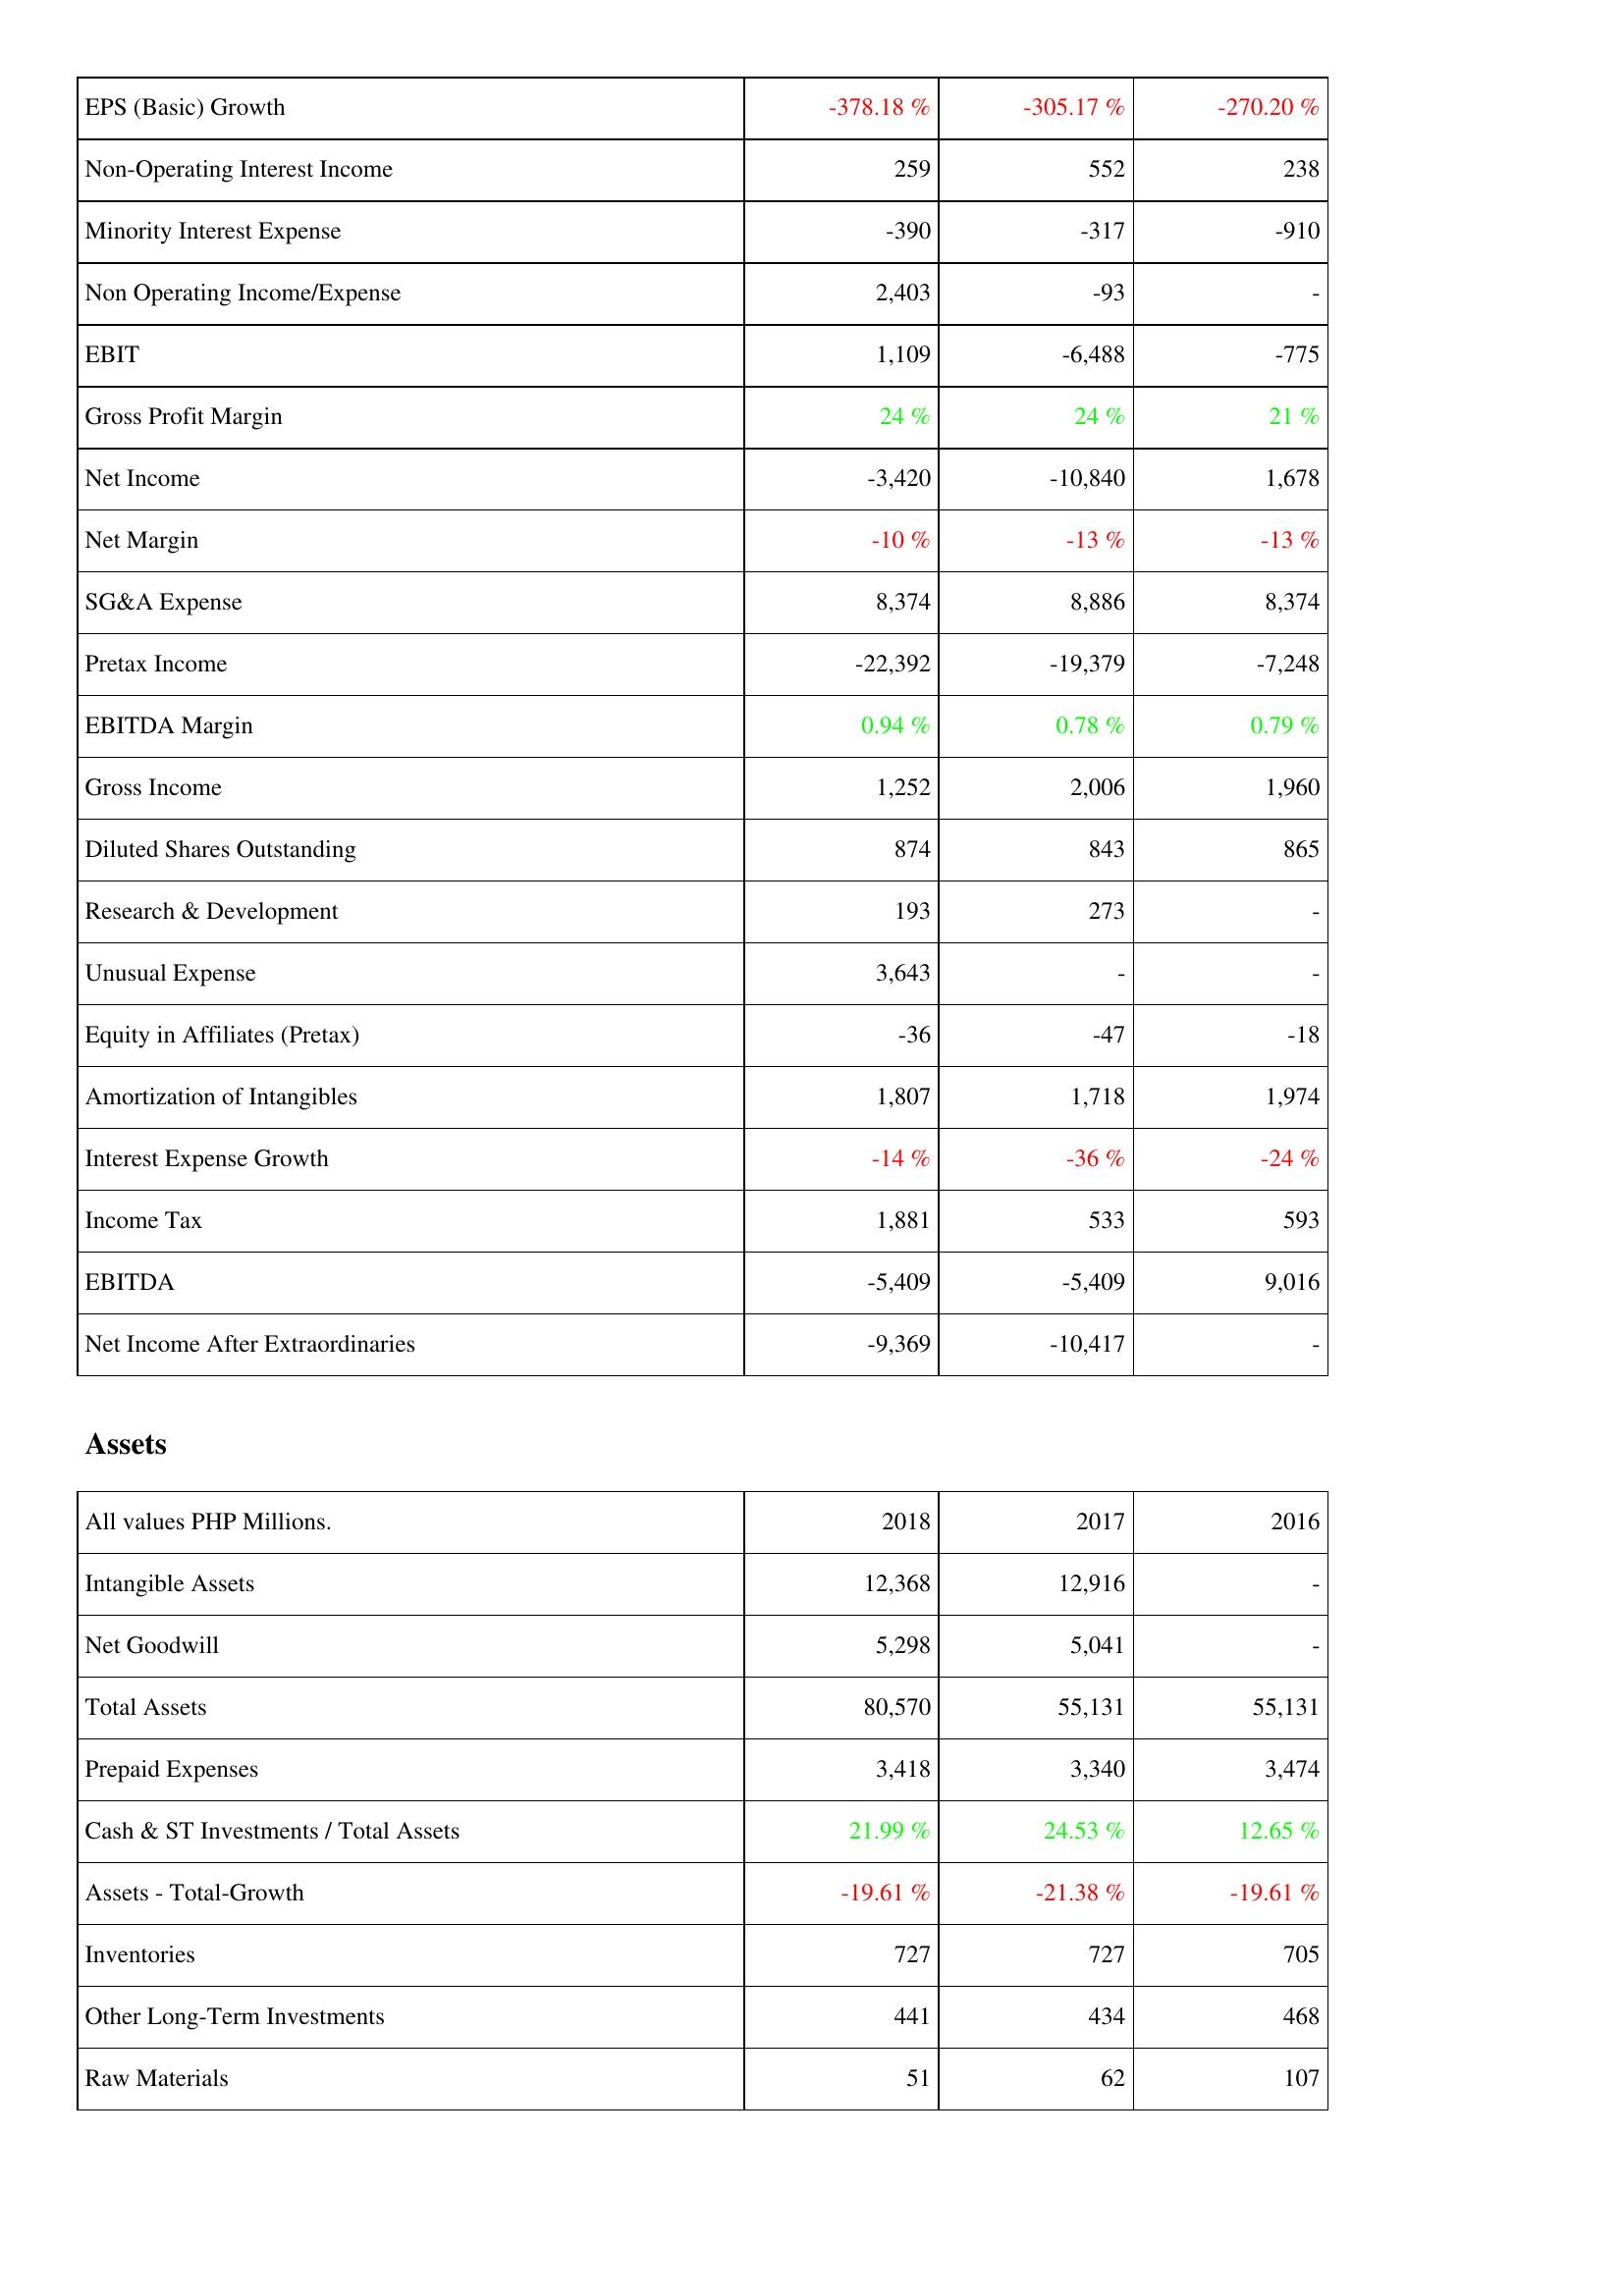
2018: Income Statement: EPS (Basic) Growth: -378.18 %
Non-Operating Interest Income: 259
Minority Interest Expense: -390
Non Operating Income/Expense: 2,403
EBIT: 1,109
Gross Profit Margin: 24 %
Net Income: -3,420
Net Margin: -10 %
SG&A Expense: 8,374
Pretax Income: -22,392
EBITDA Margin: 0.94 %
Gross Income: 1,252
Diluted Shares Outstanding: 874
Research & Development: 193
Unusual Expense: 3,643
Equity in Affiliates (Pretax): -36
Amortization of Intangibles: 1,807
Interest Expense Growth: -14 %
Income Tax: 1,881
EBITDA: -5,409
Net Income After Extraordinaries: -9,369
Assets: Intangible Assets: 12,368
Net Goodwill: 5,298
Total Assets: 80,570
Prepaid Expenses: 3,418
Cash & ST Investments / Total Assets: 21.99 %
Assets - Total-Growth: -19.61 %
Inventories: 727
Other Long-Term Investments: 441
Raw Materials: 51
2017: Income Statement: EPS (Basic) Growth: -305.17 %
Non-Operating Interest Income: 552
Minority Interest Expense: -317
Non Operating Income/Expense: -93
EBIT: -6,488
Gross Profit Margin: 24 %
Net Income: -10,840
Net Margin: -13 %
SG&A Expense: 8,886
Pretax Income: -19,379
EBITDA Margin: 0.78 %
Gross Income: 2,006
Diluted Shares Outstanding: 843
Research & Development: 273
Unusual Expense: -
Equity in Affiliates (Pretax): -47
Amortization of Intangibles: 1,718
Interest Expense Growth: -36 %
Income Tax: 533
EBITDA: -5,409
Net Income After Extraordinaries: -10,417
Assets: Intangible Assets: 12,916
Net Goodwill: 5,041
Total Assets: 55,131
Prepaid Expenses: 3,340
Cash & ST Investments / Total Assets: 24.53 %
Assets - Total-Growth: -21.38 %
Inventories: 727
Other Long-Term Investments: 434
Raw Materials: 62
2016: Income Statement: EPS (Basic) Growth: -270.20 %
Non-Operating Interest Income: 238
Minority Interest Expense: -910
Non Operating Income/Expense: -
EBIT: -775
Gross Profit Margin: 21 %
Net Income: 1,678
Net Margin: -13 %
SG&A Expense: 8,374
Pretax Income: -7,248
EBITDA Margin: 0.79 %
Gross Income: 1,960
Diluted Shares Outstanding: 865
Research & Development: -
Unusual Expense: -
Equity in Affiliates (Pretax): -18
Amortization of Intangibles: 1,974
Interest Expense Growth: -24 %
Income Tax: 593
EBITDA: 9,016
Net Income After Extraordinaries: -
Assets: Intangible Assets: -
Net Goodwill: -
Total Assets: 55,131
Prepaid Expenses: 3,474
Cash & ST Investments / Total Assets: 12.65 %
Assets - Total-Growth: -19.61 %
Inventories: 705
Other Long-Term Investments: 468
Raw Materials: 107